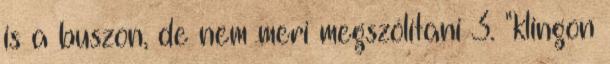
is a buszon, de nem meri megszólítani 3. "klingon